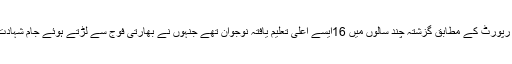
بی بی سی رپورٹ کے مطابق گزشتہ چند سالوں میں 16ایسے اعلیٰ تعلیم یافتہ نوجوان تھے جنہوں نے بھارتی فوج سے لڑتے ہوئے جام شہادت نوش کیا۔